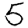
Digit: 5